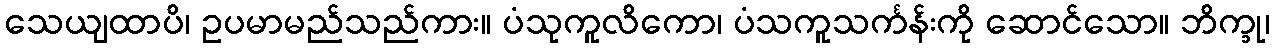
သေယျထာပိ၊ ဥပမာမည်သည်ကား။ ပံသုကူလိကော၊ ပံသကူသင်္ကန်းကို ဆောင်သော။ ဘိက္ခု၊